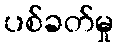
ပစ်ခတ်မှု